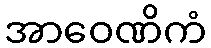
အာဝေဏိကံ